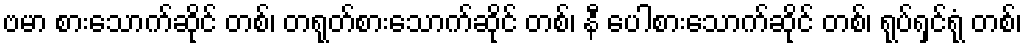
ဗမာ စားသောက်ဆိုင် တစ်၊ တရုတ်စားသောက်ဆိုင် တစ်၊ နီ ပေါစားသောက်ဆိုင် တစ်၊ ရုပ်ရှင်ရုံ တစ်၊